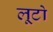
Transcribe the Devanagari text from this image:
लूटो